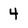
Character: 4